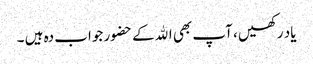
یاد رکھیں ، آپ بھی اﷲکے حضور جواب دہ ہیں ۔